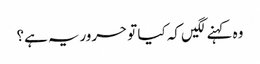
وہ کہنے لگیں کہ کیا تو حروریہ ہے؟